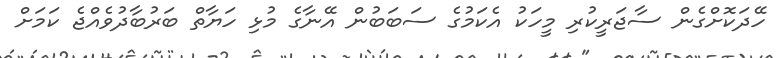
ހޭދަކޮށްގެން ސާޖަރީކުރި މީހަކު އެކަމުގެ ސަބަބުން އޭނާގެ މުޅި ހަޔާތް ބަރުބާދުވެއްޖެ ކަމަށް